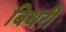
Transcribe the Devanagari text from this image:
बिथरी